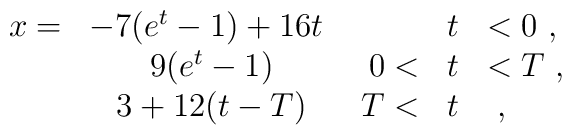
\begin{array}{rcrcl}x=&-7 (e^t-1)+16 t\mbox{    }    &   &t&<0     \ ,  \\  & 9 (e^t -1)                       & 0<&t&<T \ ,  \\  & 3+12 (t-T)                   & T<&t&       \ ,\end{array}